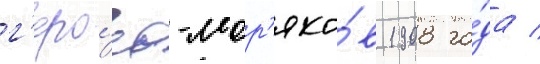
г'еро́ев-мор'яко́в 1908 го́да /